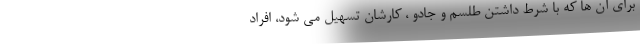
برای آن ها که با شرط داشتن طلسم و جادو ، کارشان تسهیل می شود، افراد